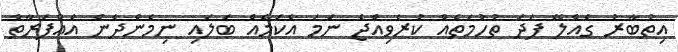
އިތުބާރު ގެއްލޭ ފަދަ ތުހުމަތެއް ކުރެވިއްޖެ ނަމަ އެކަމެއް ބަލައި ނިމެންދެން އެއްފަރާތް